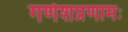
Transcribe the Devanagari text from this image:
गणेशप्रणामः